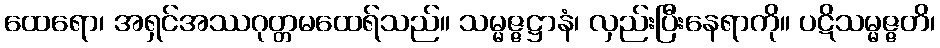
ထေရော၊ အရှင်အဿဂုတ္တမထေရ်သည်။ သမ္မဇ္ဇဋ္ဌာနံ၊ လှည်းပြီးနေရာကို။ ပဋိသမ္မဇ္ဇတိ၊